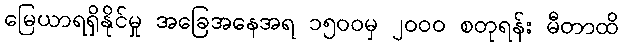
မြေယာရရှိနိုင်မှု အခြေအနေအရ ၁၅၀၀မှ ၂၀၀၀ စတုရန်း မီတာထိ